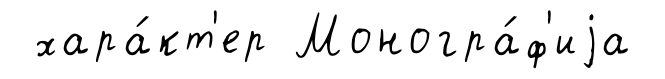
хара́кт'ер Моногра́ф'иjа